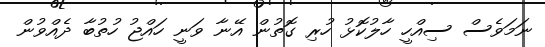
ނަމަވެސް ސިއްހީ ހާލުކޮޅު ހުރި ގޮތުން އޭނާ ވަނީ ހައްޖު ހުތުބާ ދެއްވުން